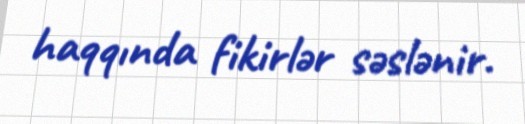
haqqında fikirlər səslənir.